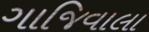
ગાજિવાલા